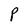
Character: P